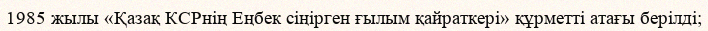
1985 жылы «Қазақ КСРнің Еңбек сіңірген ғылым қайраткері» құрметті атағы берілді;